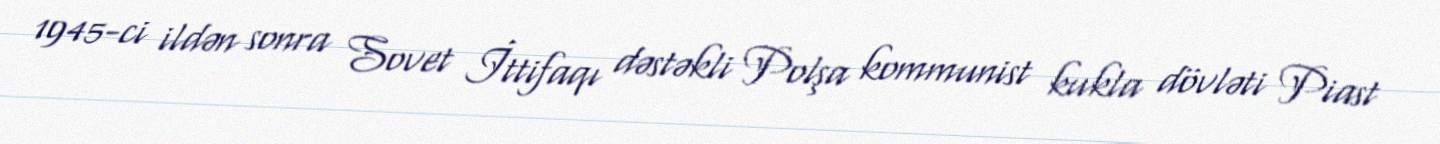
1945-ci ildən sonra Sovet İttifaqı dəstəkli Polşa kommunist kukla dövləti Piast